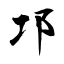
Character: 邛